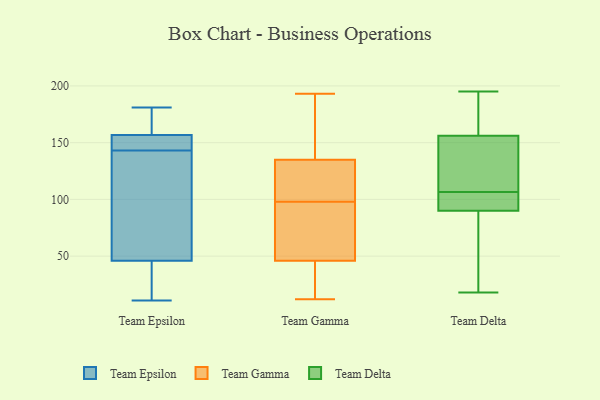
{"axis": {"x": "Market Share (%)", "y": "Value"}, "legend": ["Team Delta", "Team Epsilon", "Team Gamma"], "data": [{"x": "", "y": 146, "type": "Team Epsilon"}, {"x": "", "y": 164, "type": "Team Epsilon"}, {"x": "", "y": 143, "type": "Team Epsilon"}, {"x": "", "y": 145, "type": "Team Epsilon"}, {"x": "", "y": 158, "type": "Team Epsilon"}, {"x": "", "y": 38, "type": "Team Epsilon"}, {"x": "", "y": 139, "type": "Team Epsilon"}, {"x": "", "y": 46, "type": "Team Epsilon"}, {"x": "", "y": 181, "type": "Team Epsilon"}, {"x": "", "y": 38, "type": "Team Epsilon"}, {"x": "", "y": 11, "type": "Team Epsilon"}, {"x": "", "y": 46, "type": "Team Epsilon"}, {"x": "", "y": 36, "type": "Team Epsilon"}, {"x": "", "y": 147, "type": "Team Epsilon"}, {"x": "", "y": 171, "type": "Team Epsilon"}, {"x": "", "y": 73, "type": "Team Epsilon"}, {"x": "", "y": 73, "type": "Team Epsilon"}, {"x": "", "y": 153, "type": "Team Epsilon"}, {"x": "", "y": 161, "type": "Team Epsilon"}, {"x": "", "y": 135, "type": "Team Gamma"}, {"x": "", "y": 189, "type": "Team Gamma"}, {"x": "", "y": 105, "type": "Team Gamma"}, {"x": "", "y": 114, "type": "Team Gamma"}, {"x": "", "y": 82, "type": "Team Gamma"}, {"x": "", "y": 97, "type": "Team Gamma"}, {"x": "", "y": 68, "type": "Team Gamma"}, {"x": "", "y": 12, "type": "Team Gamma"}, {"x": "", "y": 193, "type": "Team Gamma"}, {"x": "", "y": 70, "type": "Team Gamma"}, {"x": "", "y": 20, "type": "Team Gamma"}, {"x": "", "y": 133, "type": "Team Gamma"}, {"x": "", "y": 46, "type": "Team Gamma"}, {"x": "", "y": 99, "type": "Team Gamma"}, {"x": "", "y": 39, "type": "Team Gamma"}, {"x": "", "y": 142, "type": "Team Gamma"}, {"x": "", "y": 17, "type": "Team Gamma"}, {"x": "", "y": 191, "type": "Team Gamma"}, {"x": "", "y": 195, "type": "Team Delta"}, {"x": "", "y": 90, "type": "Team Delta"}, {"x": "", "y": 179, "type": "Team Delta"}, {"x": "", "y": 101, "type": "Team Delta"}, {"x": "", "y": 79, "type": "Team Delta"}, {"x": "", "y": 110, "type": "Team Delta"}, {"x": "", "y": 142, "type": "Team Delta"}, {"x": "", "y": 18, "type": "Team Delta"}, {"x": "", "y": 103, "type": "Team Delta"}, {"x": "", "y": 156, "type": "Team Delta"}]}